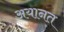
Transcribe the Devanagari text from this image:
अयानत